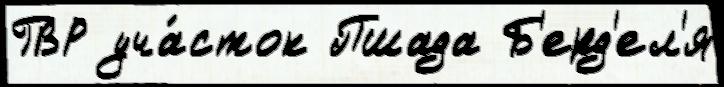
ГВР уча́сток Пшада Б'ерд'ел'я